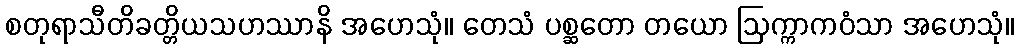
စတုရာသီတိခတ္တိယသဟဿာနိ အဟေသုံ။ တေသံ ပစ္ဆတော တယော ဩက္ကာကဝံသာ အဟေသုံ။